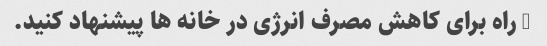
5 راه برای کاهش مصرف انرژی در خانه ها پیشنهاد کنید.